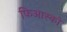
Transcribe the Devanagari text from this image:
फिआस्को